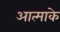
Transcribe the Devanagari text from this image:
आत्माके